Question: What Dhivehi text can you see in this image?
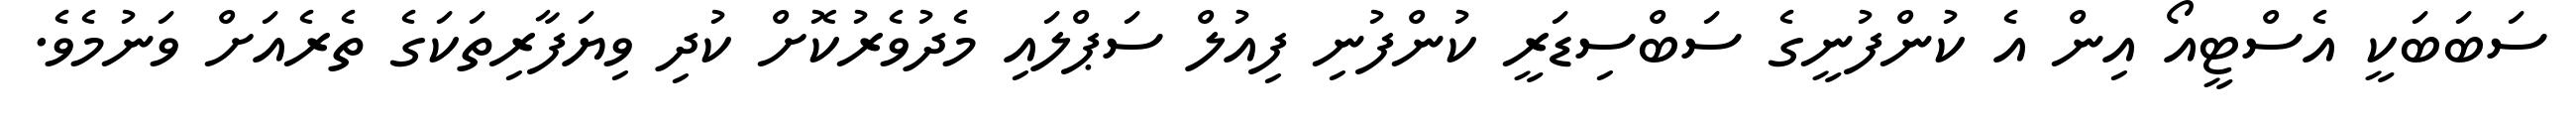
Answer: ސަބަބަކީ އެސްޓީއޯ އިން އެ ކުންފުނީގެ ސަބްސިޑަރީ ކުންފުނި ފިއުލް ސަޕްލައި މެދުވެރުކޮށް ކުދި ވިޔަފާރިތަކަގެ ތެރެއަށް ވަނުމެވެ.